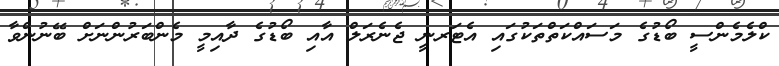
ކްލެމެންސީ ބޯޑުގެ މަސައްކަތްތަކުގައި އެޓަރނީ ޖެނެރަލް އާއި ބޯޑުގެ ދާއިމީ މެންބަރުންނަށް ބޭނުންވާ